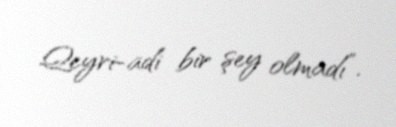
Qeyri-adi bir şey olmadı”.